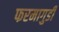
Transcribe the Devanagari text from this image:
फरमागुडी